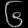
Digit: ၆